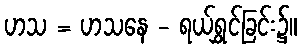
ဟသ = ဟသနေ - ရယ်ရွှင်ခြင်း၌။